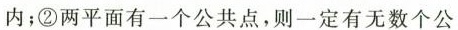
内;②两平面有一个公共点，则一定有无数个公